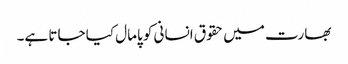
بھارت میں حقوق انسانی کو پامال کیا جاتا ہے۔